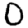
Digit: 0